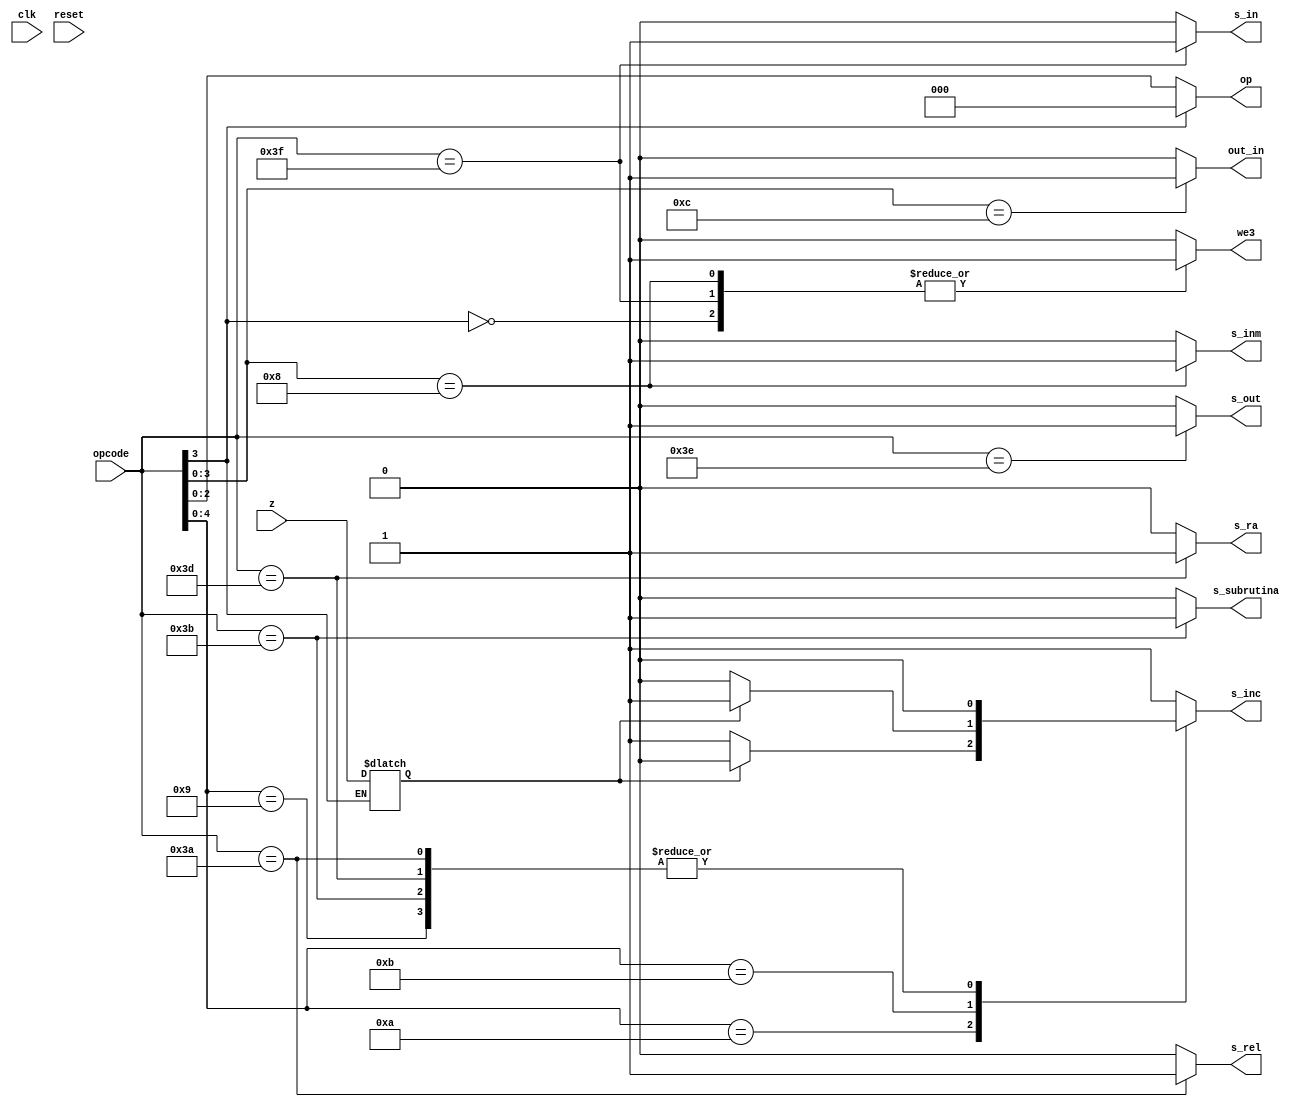
//UNIDAD DE CONTROL

module uc(input wire clk, reset, z, input wire [5:0] opcode, output reg s_inc, s_inm, we3, s_in, s_out, s_subrutina, s_ra, s_rel, out_in, output reg [2:0] op);

    reg zero;

    always @(z, clk)
    begin
        if(opcode[3] == 1'b0)
		  begin 
            zero <= z;
        end
    end
	 

    always @(*)
    begin
        

        casez (opcode[5:0])

            6'b??0???:
            begin 

                we3 <= 1'b1;
				s_inm <= 1'b0;
				s_inc <= 1'b1;
				op <= opcode[2:0];
                s_in <= 1'b0;
                s_out <= 1'b0;
                out_in <= 1'b0;
                s_subrutina <= 1'b0;
                s_ra <= 1'b0;
                s_rel <= 1'b0;
            end
            
            6'b??1000:    //LI
            begin
                we3 <= 1'b1;
				s_inm <= 1'b1;
				s_inc <= 1'b1;
				op <= 3'b000;
                s_in <= 1'b0;
                s_out <= 1'b0;
                out_in <= 1'b0;
                s_subrutina <= 1'b0;
                s_ra <= 1'b0;
                s_rel <= 1'b0;
            end

            6'b?01001:    //SALTO INCONDICIONAL JUMP
            begin
				we3 <= 1'b0;
				s_inm <= 1'b0;
				s_inc <= 1'b0;
				op <= 3'b000;
                s_in <= 1'b0;
                s_out <= 1'b0;
                out_in <= 1'b0;
                s_subrutina <= 1'b0;
                s_ra <= 1'b0;
                s_rel <= 1'b0;
            end

            6'b?01010:    //BIZ salto = 0
            begin
                if(zero)
                begin
				    we3 <= 1'b0;
				    s_inm <= 1'b0;
				    s_inc <= 1'b0;
				    op <= 3'b000;
                    s_in <= 1'b0;
                    s_out <= 1'b0;
                    out_in <= 1'b0;
                    s_subrutina <= 1'b0;
                    s_ra <= 1'b0;
                    s_rel <= 1'b0;
                end
    
                else
                begin
				    we3 <= 1'b0;
				    s_inm <= 1'b0;
				    s_inc <= 1'b1;
				    op <= 3'b000;
                    s_in <= 1'b0;
                    s_out <= 1'b0;
                    out_in <= 1'b0;
                    s_subrutina <= 1'b0;
                    s_ra <= 1'b0;
                    s_rel <= 1'b0;
                end
            end
            
            6'b?01011:    //BNIZ salto != 0
            begin
                if(!zero)
                begin
        		    we3 <= 1'b0;
				    s_inm <= 1'b0;
				    s_inc <= 1'b0;
				    op <= 3'b000;
                    s_in <= 1'b0;
                    s_out <= 1'b0;
                    out_in <= 1'b0;
                    s_subrutina <= 1'b0;
                    s_ra <= 1'b0;
                    s_rel <= 1'b0;
                end

                else 
                begin
				    we3 <= 1'b0;
				    s_inm <= 1'b0;
				    s_inc <= 1'b1;
				    op <= 3'b000;
                    s_in <= 1'b0;
                    s_out <= 1'b0;
                    out_in <= 1'b0;
                    s_subrutina <= 1'b0;
                    s_ra <= 1'b0;
                    s_rel <= 1'b0;
                end
            end

            6'b??1100:    //OUT_IN
            begin
                we3 <= 1'b0;
				s_inm <= 1'b0;
				s_inc <= 1'b1;
				op <= 3'b000;
                s_in <= 1'b0;
                s_out <= 1'b0;
                out_in <= 1'b1;
                s_subrutina <= 1'b0;
                s_ra <= 1'b0;
                s_rel <= 1'b0;
            end


            6'b111010:   //SALTO RELATIVO
            begin
            we3 <= 1'b0;
			s_inm <= 1'b0;
			s_inc <= 1'b0;
			op <= 3'b000;
            s_in <= 1'b0;
            s_out <= 1'b0;
            out_in <= 1'b0;
            s_subrutina <= 1'b0;
            s_ra <= 1'b0;
            s_rel <= 1'b1;


            end

          
            6'b111011:  //salto subrutina
            begin
                we3 <= 1'b0;
				s_inm <= 1'b0;
				s_inc <= 1'b0;
				op <= 3'b000;
                s_in <= 1'b0;
                s_out <= 1'b0;
                out_in <= 1'b0;
                s_subrutina <= 1'b1;
                s_ra <= 1'b0;
                s_rel <= 1'b0;
            end


            6'b111101:    //vuelta subrutina
            begin
                we3 <= 1'b0;
				s_inm <= 1'b0;
				s_inc <= 1'b0;
				op <= 3'b000;
                s_in <= 1'b0;
                s_out <= 1'b0;
                out_in <= 1'b0;
                s_subrutina <= 1'b0;
                s_ra <= 1'b1;
                s_rel <= 1'b0;
            end



            6'b111110:    //OUT
            begin
                we3 <= 1'b0;
				s_inm <= 1'b0;
				s_inc <= 1'b1;
				op <= 3'b000;
                s_in <= 1'b0;
                s_out <= 1'b1;
                out_in <= 1'b0;
                s_subrutina <= 1'b0;
                s_ra <= 1'b0;
                s_rel <= 1'b0;
            end


            6'b111111:    //IN
            begin
                we3 <= 1'b1;
				s_inm <= 1'b0;
				s_inc <= 1'b1;
				op <= 3'b000;
                s_in <= 1'b1;
                s_out <= 1'b0;
                out_in <= 1'b0;
                s_subrutina <= 1'b0;
                s_ra <= 1'b0;
                s_rel <= 1'b0;
            end

            default:
            begin
				we3 <= 1'b0;
				s_inm <= 1'b0;
				s_inc <= 1'b1;
				op <= 3'b000;
                s_in <= 1'b0;
                s_out <= 1'b0;
                out_in <= 1'b0;
                s_subrutina <= 1'b0;
                s_ra <= 1'b0;
                s_rel <= 1'b0;
            end
    endcase
    end

endmodule